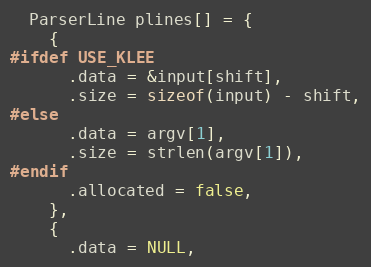
Language: C
  ParserLine plines[] = {
    {
#ifdef USE_KLEE
      .data = &input[shift],
      .size = sizeof(input) - shift,
#else
      .data = argv[1],
      .size = strlen(argv[1]),
#endif
      .allocated = false,
    },
    {
      .data = NULL,